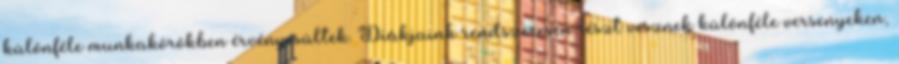
különféle munkakörökben érvényesültek. Diákjaink rendszeresen részt vesznek különféle versenyeken,